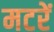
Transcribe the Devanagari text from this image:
मटरें